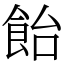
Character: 飴